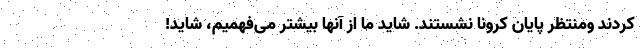
کردند ومنتظر پایان کرونا نشستند. شاید ما از آنها بیشتر می‌فهمیم، شاید!